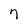
Character: 7